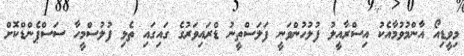
މިވީޑިއޯ އާންމުވުމާއެކު އިސްރާއީލު ފުލުހުންވަނީ ފަލަސްތީނު ޑްރައިވަރުގެ ގައިގައި ތެޅި ފުލުސްމީހާ ސަސްޕެންޑްކޮށް